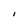
Character: I